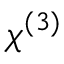
\chi ^ { ( 3 ) }